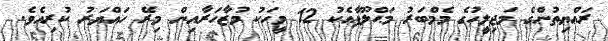
ރައްޔިތުންގެ މަޖިލީހުގެ މެމްބަރު މަޙްލޫފާއެކު 12 މީހަކު މުޒާހަރާއިން މިރޭ ހައްޔަރު ކުރިއެވެ.